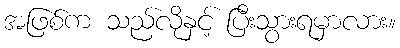
အဖြစ်က သည်လိုနှင့် ပြီးသွားရမှာလား။